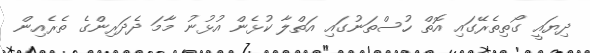
ދިޔައީ ގޯތިތެރޭގައި އޮތް ހުސްތަނުގައި އަތްލާ ކުޅެން އުޅުނު މާމަ ދެދަރިންގެ ތެރެއިން